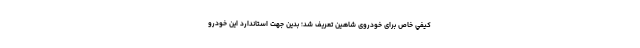
كيفي خاص برای خودروی شاهین تعريف شد؛ بدین جهت استاندارد این خودرو